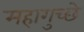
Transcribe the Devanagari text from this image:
महागुच्छे